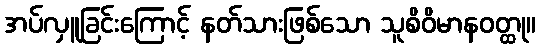
အပ်လှူခြင်းကြောင့် နတ်သားဖြစ်သော သူစိဝိမာနဝတ္ထု။